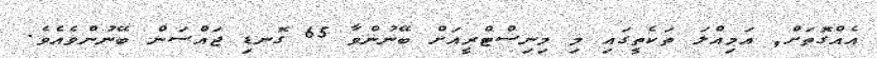
އެއްގޮތަށް